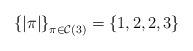
LaTeX: \begin{align*}\left\{ \vert \pi \vert\right\} _{\pi\in\mathcal{C}\left(3\right)}=\left\{ 1,2,2,3\right\} \end{align*}